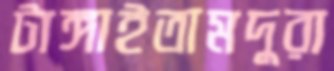
টাঙ্গাইতামদুরা